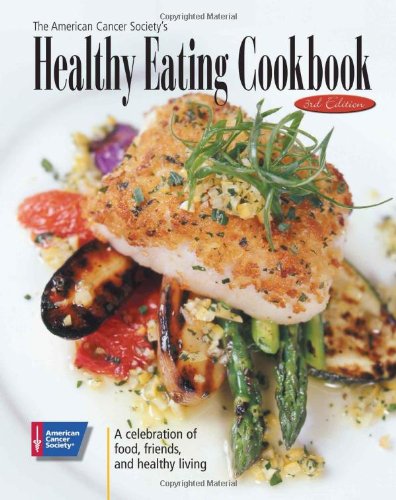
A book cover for The American Cancer Society's Healthy Eating Cookbook: A Celebration of Food, Friendship, and Healthy Living; American Cancer Society; Cookbooks, Food & Wine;